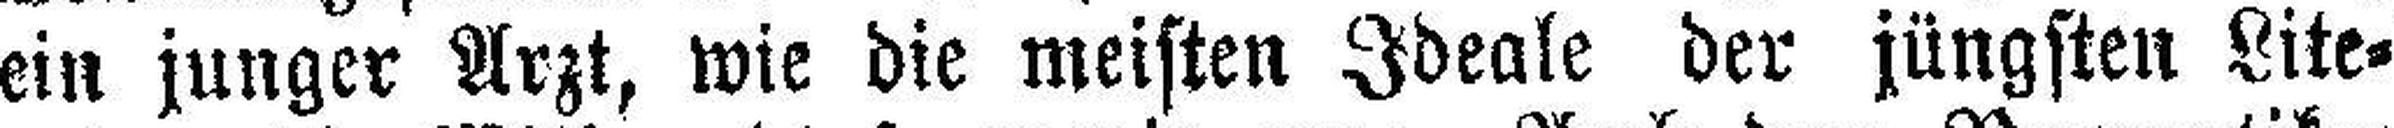
ein junger Arzt, wie die meisten Ideale der jüngsten Lite¬